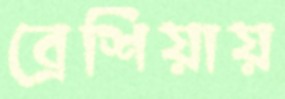
ব্রেশিয়ায়